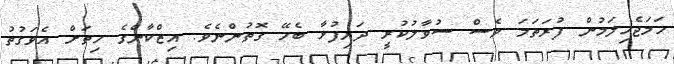
ހަމަޖެހިލަމުން ފުރަތަމަ ވެސް ސުވާލުކުރީ ދަރިފުޅާ ބެހޭ ގޮތުންނެވެ. އިޒްކާންގެ ހިތަށް އެވަގުތު